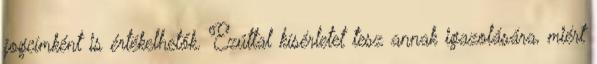
jogcímként is értékelhetők. Ezúttal kísérletet tesz annak igazolására, miért